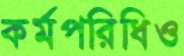
কর্মপরিধিও